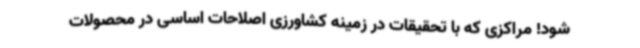
شود! مراکزی که با تحقیقات در زمینه کشاورزی اصلاحات اساسی در محصولات